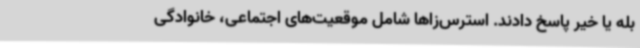
بله یا خیر پاسخ دادند. استرس‌زاها شامل موقعیت‌های اجتماعی، خانوادگی